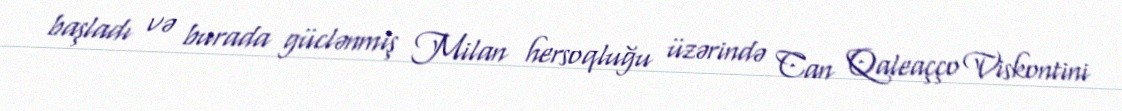
başladı və burada güclənmiş Milan hersoqluğu üzərində Can Qaleaçço Viskontini